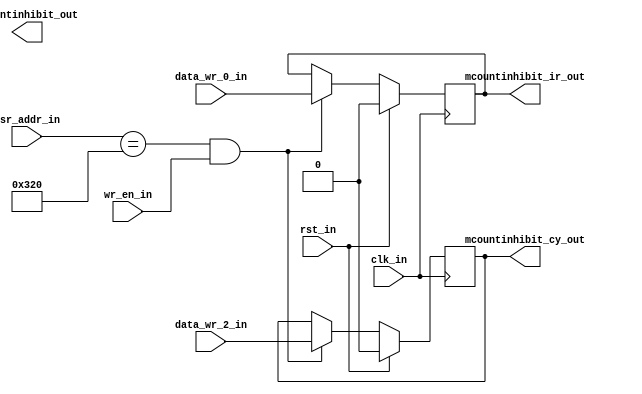
`timescale 1ns / 1ps


module machine_counter_setup( input             clk_in,rst_in,wr_en_in,data_wr_2_in,data_wr_0_in,
                              input      [11:0] csr_addr_in,
                              output reg        mcountinhibit_cy_out,mcountinhibit_ir_out,
                              output     [31:0] mcountinhibit_out
);

   parameter MCOUNTINHIBIT_CY_RESET = 1'b0;
   parameter MCOUNTINHIBIT_IR_RESET = 1'b0;
   parameter MCOUNTINHIBIT          = 12'h320;


   assign mcountinhibit = {29'b0, mcountinhibit_ir_out, 1'b0, mcountinhibit_cy_out};
   always @(posedge clk_in)
   begin
      if(rst_in)
      begin
         mcountinhibit_cy_out <= MCOUNTINHIBIT_CY_RESET;
         mcountinhibit_ir_out <= MCOUNTINHIBIT_IR_RESET;
      end
      else if(csr_addr_in == MCOUNTINHIBIT && wr_en_in)
      begin
         mcountinhibit_cy_out <= data_wr_2_in;
         mcountinhibit_ir_out <= data_wr_0_in;
      end
   end

endmodule